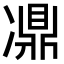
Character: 𠘋